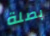
بصلة